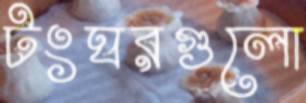
টংঘরগুলো